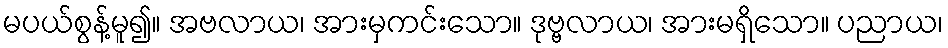
မပယ်စွန့်မူ၍။ အဗလာယ၊ အားမှကင်းသော။ ဒုဗ္ဗလာယ၊ အားမရှိသော။ ပညာယ၊